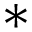
^ *